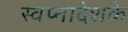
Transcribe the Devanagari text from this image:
स्वप्नादेशके